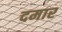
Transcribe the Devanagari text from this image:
दमार